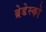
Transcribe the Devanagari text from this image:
ब्रेडेस्को